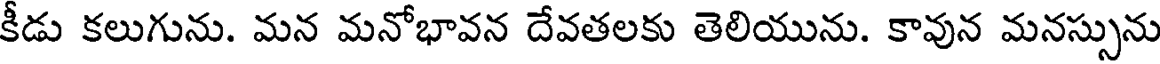
కీడు కలుగును. మన మనోభావన దేవతలకు తెలియును. కావున మనస్సును